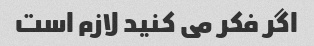
اگر فکر می کنید لازم است